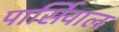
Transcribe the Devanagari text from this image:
पार्सिवाल